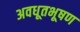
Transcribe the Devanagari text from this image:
अवधूतभूषण